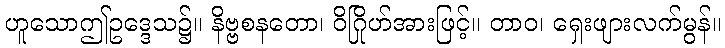
ဟူသောဤဥဒ္ဒေသ၌။ နိဗ္ဗစနတော၊ ဝိဂြိုဟ်အားဖြင့်။ တာဝ၊ ရှေးဖျားလက်မွန်။